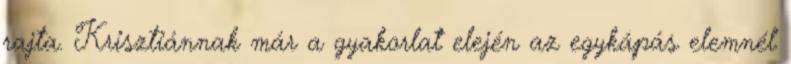
rajta. Krisztiánnak már a gyakorlat elején az egykápás elemnél